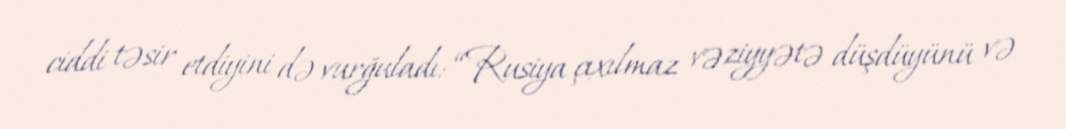
ciddi təsir etdiyini də vurğuladı: “Rusiya çıxılmaz vəziyyətə düşdüyünü və